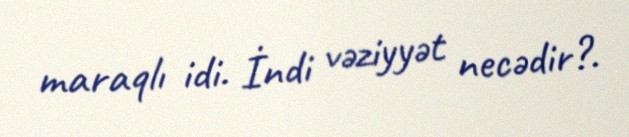
maraqlı idi. İndi vəziyyət necədir?.